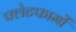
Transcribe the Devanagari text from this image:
फ्लेटफार्मों